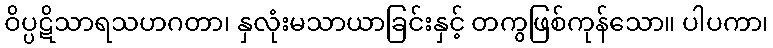
ဝိပ္ပဋိသာရသဟဂတာ၊ နှလုံးမသာယာခြင်းနှင့် တကွဖြစ်ကုန်သော။ ပါပကာ၊